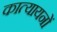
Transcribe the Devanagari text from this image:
कात्यायनों